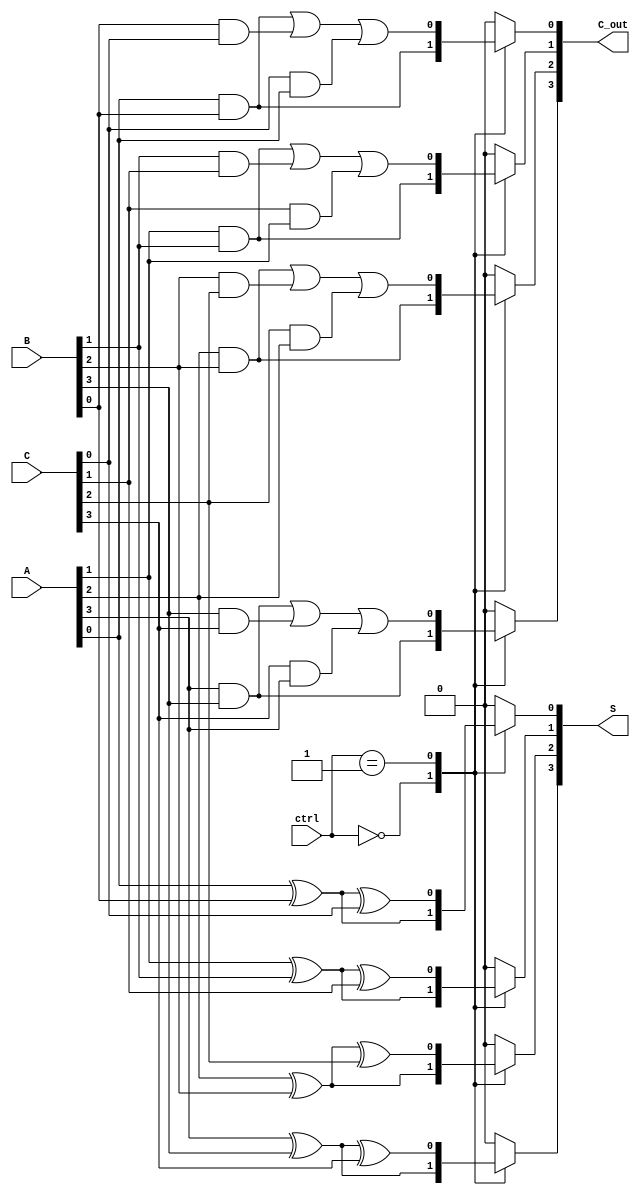
module CarrySaveAdder #(parameter N = 4) (
    input [N-1:0] A,    // First operand
    input [N-1:0] B,    // Second operand
    input [N-1:0] C,    // Third operand
    input [1:0] ctrl,    // Control signal for the number of operands (00: A+B, 01: A+B+C, etc.)
    output reg [N-1:0] S, // Intermediate sum output
    output reg [N-1:0] C_out // Carry output
);

// Internal variables for sum and carry
reg [N-1:0] sum_temp;
reg [N-1:0] carry_temp;

integer i;

// Carry Save Adder logic
always @(*) begin
    // Initialize
    sum_temp = 0;
    carry_temp = 0;
    
    // Based on control signal, perform addition
    for (i = 0; i < N; i = i + 1) begin
        case (ctrl)
            2'b00: begin // A + B
                sum_temp[i] = A[i] ^ B[i];
                carry_temp[i] = A[i] & B[i];
            end
            2'b01: begin // A + B + C
                sum_temp[i] = A[i] ^ B[i] ^ C[i];
                carry_temp[i] = (A[i] & B[i]) | (B[i] & C[i]) | (C[i] & A[i]);
            end
            // Add more cases for additional operands if needed
            default: begin
                sum_temp[i] = 0;
                carry_temp[i] = 0;
            end
        endcase
    end

    // Store the intermediate sum and carry
    S = sum_temp;
    C_out = carry_temp;
end

endmodule